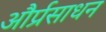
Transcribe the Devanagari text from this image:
और्प्रसाधन